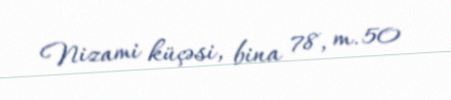
Nizami küçəsi, bina 78, m. 50